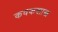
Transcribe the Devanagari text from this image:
कवकशास्त्र